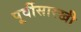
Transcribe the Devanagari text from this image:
पूर्वीसारखी